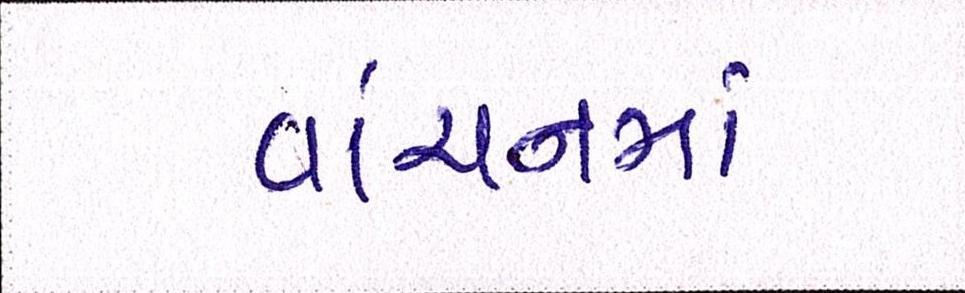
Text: વાંચનમાં